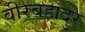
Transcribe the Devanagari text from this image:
वीरबहादुर